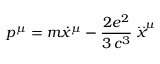
p ^ { \mu } = m \dot { x } ^ { \mu } - \frac { 2 e ^ { 2 } } { 3 \, c ^ { 3 } } \stackrel { . . } { x } ^ { \mu }